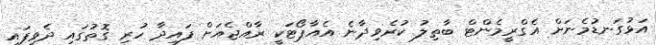
އަޅުގަނޑުމެނަށް އެގްރީމެންޓް ބާތިލު ކުރެވިދާނެ އެއާޕޯޓަކީ ރާއްޖެއަށް ފައިދާ ހުރި ގޮތުގައި ދެވިފައި